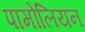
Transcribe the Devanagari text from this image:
पामोलियन